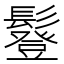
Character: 𩯇